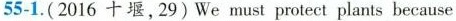
55-1.(2016 十堰,29)We must protect plants because